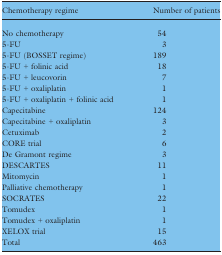
<table><thead><tr><td><b>Chemotherapy regime</b></td><td><b>Number of patients</b></td></tr></thead><tbody><tr><td>No chemotherapy</td><td>54</td></tr><tr><td>5-FU</td><td>3</td></tr><tr><td>5-FU (BOSSET regime)</td><td>189</td></tr><tr><td>5-FU + folinic acid</td><td>18</td></tr><tr><td>5-FU + leucovorin</td><td>7</td></tr><tr><td>5-FU + oxaliplatin</td><td>1</td></tr><tr><td>5-FU + oxaliplatin + folinic acid</td><td>1</td></tr><tr><td>Capecitabine</td><td>124</td></tr><tr><td>Capecitabine + oxaliplatin</td><td>3</td></tr><tr><td>Cetuximab</td><td>2</td></tr><tr><td>CORE trial</td><td>6</td></tr><tr><td>De Gramont regime</td><td>3</td></tr><tr><td>DESCARTES</td><td>11</td></tr><tr><td>Mitomycin</td><td>1</td></tr><tr><td>Palliative chemotherapy</td><td>1</td></tr><tr><td>SOCRATES</td><td>22</td></tr><tr><td>Tomudex</td><td>1</td></tr><tr><td>Tomudex + oxaliplatin</td><td>1</td></tr><tr><td>XELOX trial</td><td>15</td></tr><tr><td>Total</td><td>463</td></tr></tbody></table>